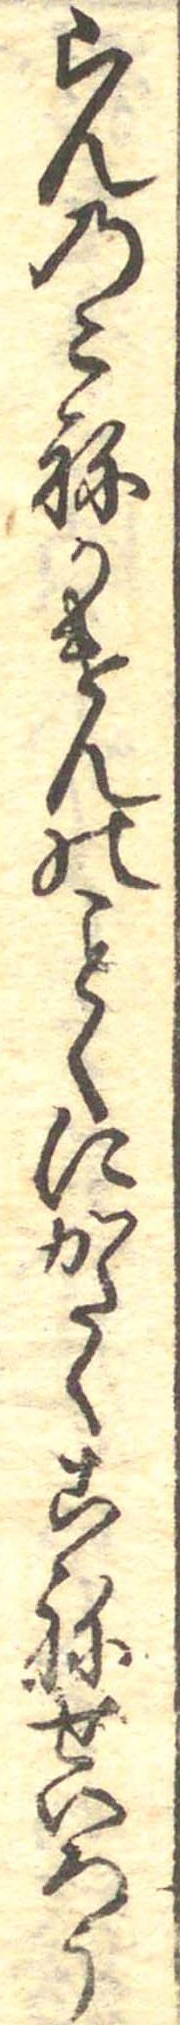
らんのこねかけんのくにかたくこねせいろう